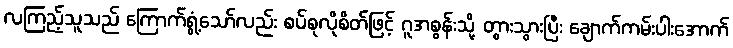
လကြည့်သူသည် ကြောက်ရွံ့သော်လည်း စပ်စုလိုစိတ်ဖြင့် ဂူအစွန်းသို့ တွားသွားပြီး ချောက်ကမ်းပါးအောက်